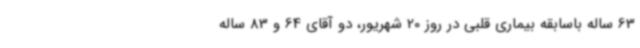
63 ساله باسابقه بیماری قلبی در روز 20 شهریور، دو آقای 64 و 83 ساله